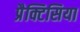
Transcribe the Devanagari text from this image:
प्रैक्टिसिया